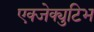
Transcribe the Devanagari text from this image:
एक्जेक्युटिभ